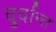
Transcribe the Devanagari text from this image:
दु्र्दान्त